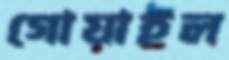
গোয়াইল